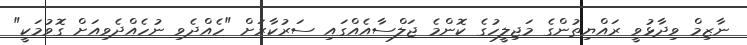
ނާޒިމް ވިދާޅުވީ ރައްޔިތުންގެ މަޖިލީހުގެ ކޮންމެ ޖަލްސާއެއްގައި ސަރުކާރަށް "ހެއްދެވި ނުހެއްދެވިއަށް ގޮވުމަކީ"